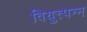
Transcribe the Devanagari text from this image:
वियुत्त्पन्न